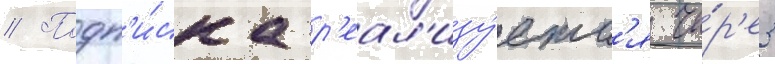
// Подп'и́ска р'еал'изу́етс'я че́р'ез